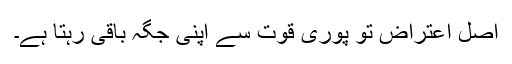
اصل اعتراض تو پوری قوت سے اپنی جگہ باقی رہتا ہے۔